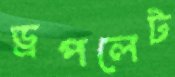
ড্রপলেট